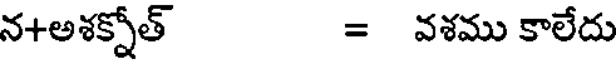
న+అశక్నోత్ = వశము కాలేదు